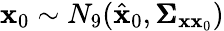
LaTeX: \mathbf{x}_{0}\sim N_{9}(\hat{\mathbf{x}}_{0},\pmb{\Sigma}_{\mathbf{x}\mathbf{x}_{0}})